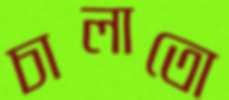
চালাতো